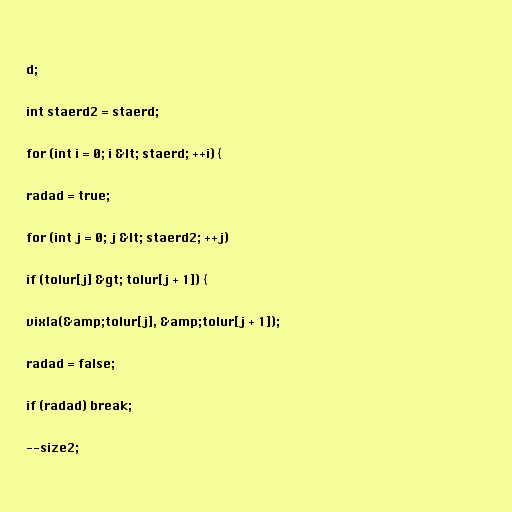
d;

int staerd2 = staerd;

for (int i = 0; i &lt; staerd; ++i) {

radad = true;

for (int j = 0; j &lt; staerd2; ++j)

if (tolur[j] &gt; tolur[j + 1]) {

vixla(&amp;tolur[j], &amp;tolur[j + 1]);

radad = false;

if (radad) break;

--size2;